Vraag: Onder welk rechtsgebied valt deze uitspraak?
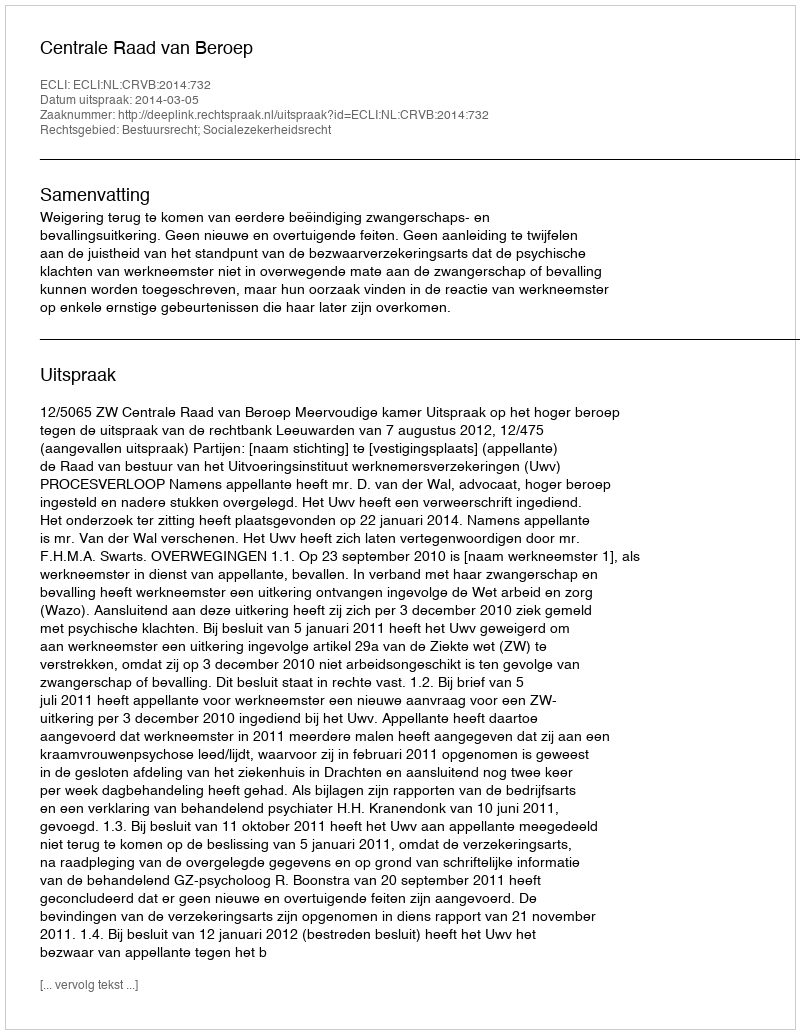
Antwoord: Bestuursrecht; Socialezekerheidsrecht